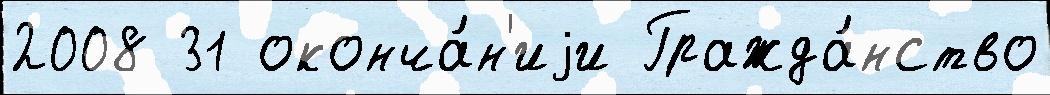
2008 31 оконча́н'иjи Гражда́нство